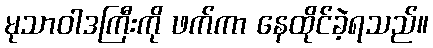
မုသာဝါဒကြီးကို ဖက်ကာ နေထိုင်ခဲ့ရသည်။